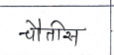
मजकूर: चौतीस